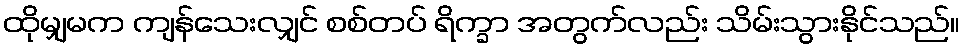
ထိုမျှမက ကျန်သေးလျှင် စစ်တပ် ရိက္ခာ အတွက်လည်း သိမ်းသွားနိုင်သည်။